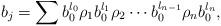
LaTeX: \begin{align*} b_j = \sum b_0^{l_0} \rho_1 b_0^{l_1} \rho_2 \cdots b_0^{l_{n-1}} \rho_n b_0^{l_n} ,\end{align*}